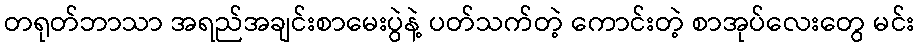
တရုတ်ဘာသာ အရည်အချင်းစာမေးပွဲနဲ့ ပတ်သက်တဲ့ ကောင်းတဲ့ စာအုပ်လေးတွေ မင်း